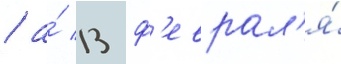
/ а́ 13 ф'еврал'я́